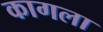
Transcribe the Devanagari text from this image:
कागला